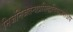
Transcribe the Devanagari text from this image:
निजनिजतन्त्रप्रसिद्धविद्याभ्रंशेऽपि